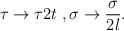
\begin{align*}\tau \rightarrow \tau 2t \; , \sigma \rightarrow\frac{\sigma}{2l} .\end{align*}